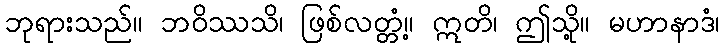
ဘုရားသည်။ ဘဝိဿသိ၊ ဖြစ်လတ္တံ့။ ဣတိ၊ ဤသို့။ မဟာနာဒံ၊